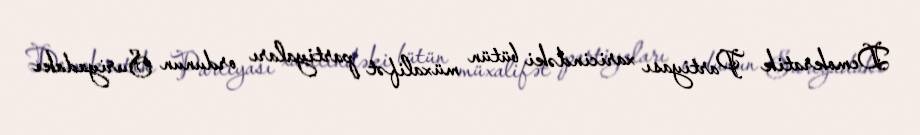
Demokratik Partiyası xaricindəki bütün müxalifət partiyaları ordunun Suriyadakı